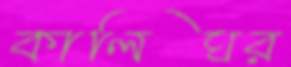
কালিঘর